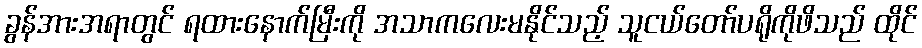
ခွန်အားအရာတွင် ရထားနောက်မြီးကို အသာကလေးမနိုင်သည့် သူငယ်တော်ပရိုကိုဖိသည် ထိုင်